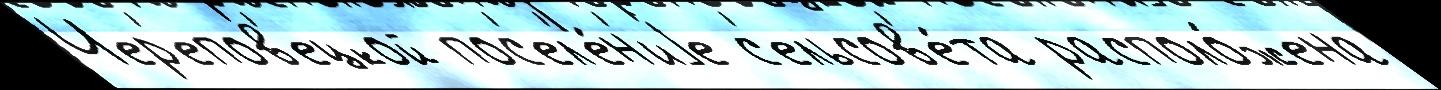
Чер'епов'ецкой пос'ел'е́н'иjе с'ельсов'е́та располо́жена